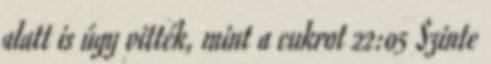
alatt is úgy vitték, mint a cukrot 22:05 Szinte